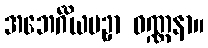
အဘေင်္ဂိယပဥှာ ဝဏ္ဏနာ။